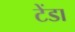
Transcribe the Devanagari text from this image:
टेंडा